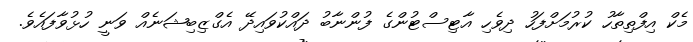
މެކް އިފްތިތާހު ކުރުމަށްފަހު ދިވެހި އާޓިސްޓުންގެ ފުންނާބު ދައްކުވައިދޭ އެގްޒިބިޝަނެއް ވަނީ ހުޅުވާފައެވެ.